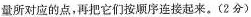
量所对应的点，再把它们按顺序连接起来。(2分)